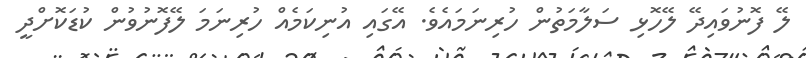
ލޭ ފޮނުވައިދޭ ލޭހޮޅި ސަލާމަތުން ހުރިނަމައެވެ. އޭގައި އުނިކަމެއް ހުރިނަމަ ލޭފޮނުވުން ކުޑަކޮށްދީ